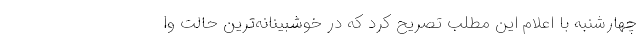
چهارشنبه با اعلام این مطلب تصریح کرد که در خوشبینانه‌ترین حالت وا